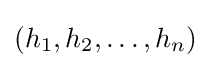
(h_{1},h_{2},\ldots ,h_{n})